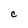
Character: C